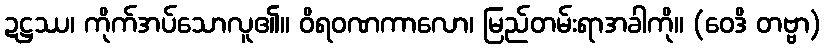
ဍဋ္ဌဿ၊ ကိုက်အပ်သောလူ၏။ ဝိရဝဏကာလော၊ မြည်တမ်းရာအခါကို။ (ဝေဒိ တဗ္ဗာ)